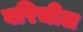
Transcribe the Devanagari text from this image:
वरिचील